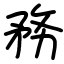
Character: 務